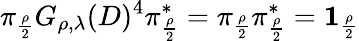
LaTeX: \pi_{\frac{\rho}{2}}G_{\rho,\lambda}(D)^{4}\pi_{\frac{\rho}{2}}^{*}=\pi_{\frac{\rho}{2}}\pi_{\frac{\rho}{2}}^{*}={\mathbf 1}_{\frac{\rho}{2}}